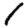
Digit: 1